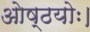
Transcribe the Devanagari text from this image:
ओष्ठयोः।